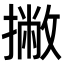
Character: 撇